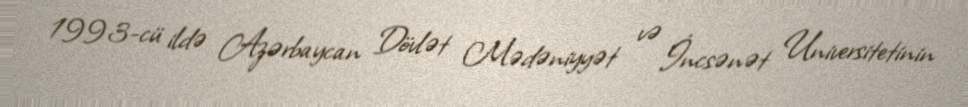
1993-cü ildə Azərbaycan Dövlət Mədəniyyət və İncsənət Universitetinin